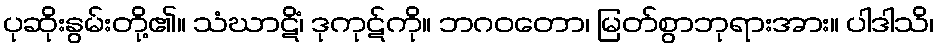
ပုဆိုးနွမ်းတို့၏။ သံဃာဋိံ၊ ဒုကုဋ်ကို။ ဘဂဝတော၊ မြတ်စွာဘုရားအား။ ပါဒါသိ၊